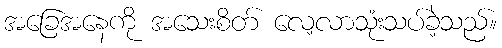
အခြေအနေကို အသေးစိတ် လေ့လာသုံးသပ်ခဲ့သည်။